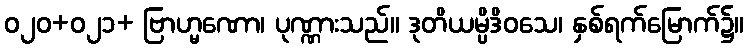
ဝ၂၀+ဝ၂၁+ ဗြာဟ္မဏော၊ ပုဏ္ဏားသည်။ ဒုတိယမ္ပိဒိဝသေ၊ နှစ်ရက်မြောက်၌။